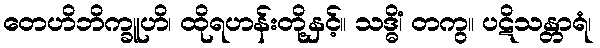
တေဟိဘိက္ခူဟိ၊ ထိုရဟန်းတို့နှင့်။ သဒ္ဓိံ၊ တကွ။ ပဋိသန္တာရံ၊